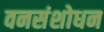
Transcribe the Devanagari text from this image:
वनसंशोधन